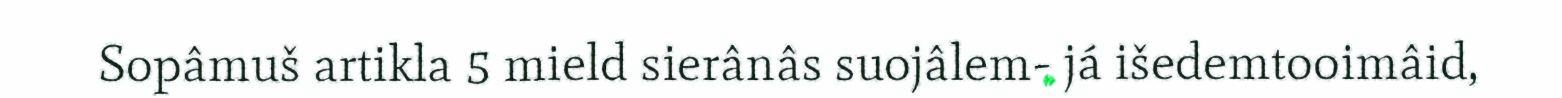
Sopâmuš artikla 5 mield sierânâs suojâlem- já išedemtooimâid,